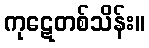
ကုဋေတစ်သိန်း။